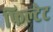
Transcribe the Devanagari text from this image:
फिल्टेट